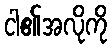
ငါ၏အလိုကို